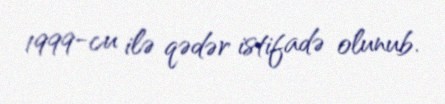
1999-cu ilə qədər istifadə olunub.